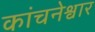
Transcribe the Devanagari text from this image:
कांचनेश्वार